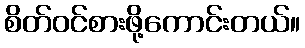
စိတ်ဝင်စားဖို့ကောင်းတယ်။